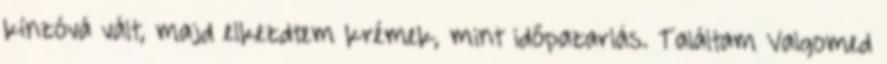
kínzóvá vált, majd elkezdtem krémek, mint időpazarlás. Találtam Valgomed